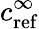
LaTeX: c_{\mathrm{{ref}}}^{\infty}